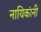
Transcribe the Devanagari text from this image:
नायिकांनी